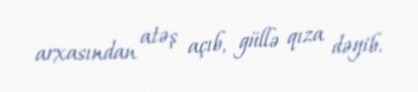
arxasından atəş açıb, güllə qıza dəyib.